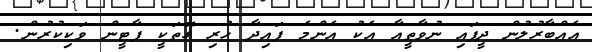
އެއްބާރުލުން ދީފައި ނުވާތީއާ އެކު އެންމެ ފައިދާ ހުރި ގޮތަކީ ޕާޓީން ވަކިކުރުން.